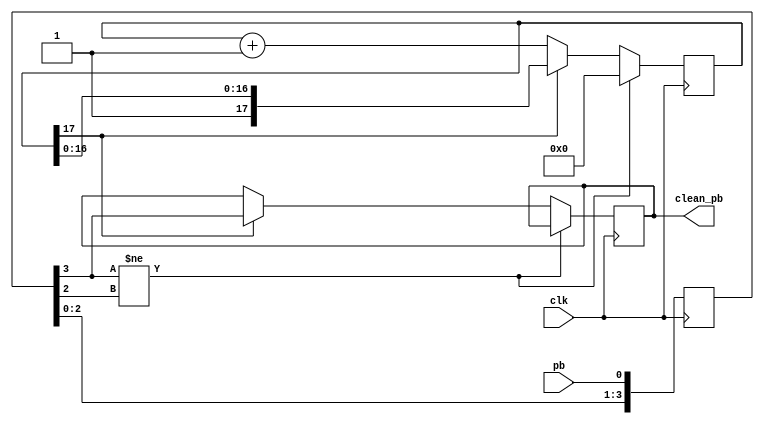
// Push Button debounce routine
// Found on the Internet, author unknown
// used to debounce a switch or push button.
// Input is pb and outout clean_pb.
// Button must be stable for debounce time before state changes,
// debounce time is dependent on clk and counter_bits

// eg with clock = 12.288MHz and counter_bits = 17 stable time is 

//  (10^-6/12.288) * 2^17 = 11mS

//  Phil Harman VK6APH 15th February 2006

module debounce(clean_pb, pb, clk);
	
	output clean_pb;
	input pb, clk;
	
parameter counter_bits = 17;

reg [counter_bits:0] count;
reg [3:0] pb_history;
reg clean_pb;

always @ (posedge clk)
begin
	pb_history <= {pb_history[2:0], pb};
	
	if (pb_history[3] != pb_history[2])
		count <= 1'b0;
	else if(count[counter_bits])
		clean_pb <= pb_history[3];
	else
		count <= count + 1'b1;
end 
endmodule